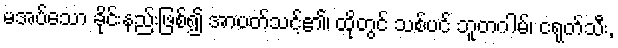
မအပ်သော ခိုင်းနည်းဖြစ်၍ အာပတ်သင့်၏၊ ထိုတွင် သစ်ပင် ဘူတဂါမ်၊ ငရုတ်သီး,